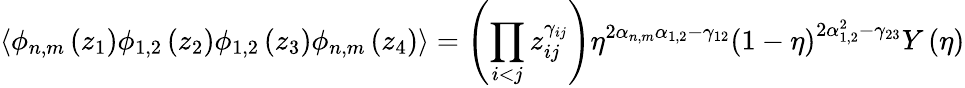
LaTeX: \langle\phi_{n,m}\left(z_{1}\right)\phi_{1,2}\left(z_{2}\right)\phi_{1,2}\left(z_{3}\right)\phi_{n,m}\left(z_{4}\right)\rangle=\left(\prod_{i<j}z_{ij}^{\gamma_{ij}}\right)\eta^{2\alpha_{n,m}\alpha_{1,2}-\gamma_{12}}\left(1-\eta\right)^{2\alpha_{1,2}^{2}-\gamma_{23}}Y\left(\eta\right)